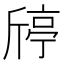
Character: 𣂴